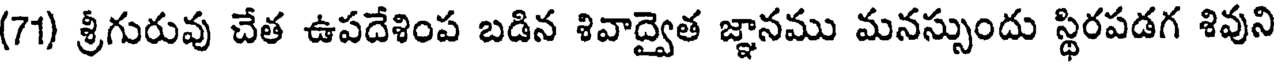
(71) శ్రీగురువు చేత ఉపదేశింప బడిన శివాద్వైత జ్ఞానము మనస్సుందు స్థిరపడగ శివుని